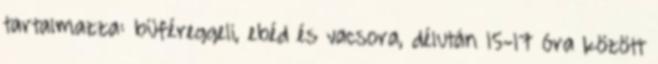
tartalmazza: büféreggeli, ebéd és vacsora, délután 15-17 óra között